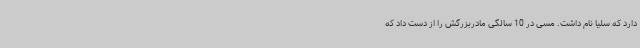
دارد که سلیا نام داشت. مسی در 10 سالگی مادربزرگش را از دست داد که